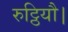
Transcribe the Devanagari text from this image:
रुट्ठियौ।